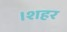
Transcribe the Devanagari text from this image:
।शहर